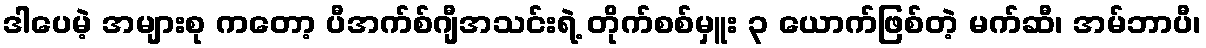
ဒါပေမဲ့ အများစု ကတော့ ပီအက်စ်ဂျီအသင်းရဲ့ တိုက်စစ်မှူး ၃ ယောက်ဖြစ်တဲ့ မက်ဆီ၊ အမ်ဘာပီ၊